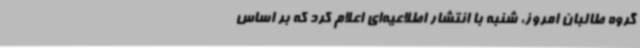
گروه طالبان امروز، شنبه با انتشار اطلاعیه‌ای اعلام کرد که بر اساس